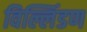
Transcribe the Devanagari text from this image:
विल्लिंडण